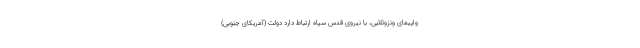
واپیمای ونزوئلایی، با نیروی قدس سپاه ارتباط دارد دولت (آمریکای جنوبی)